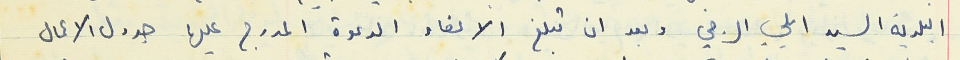
البلدية السيد ايلي الرجي وبعد ان تبلغ الاعضاء الدعوة المدرج عليها جدول الاعمال